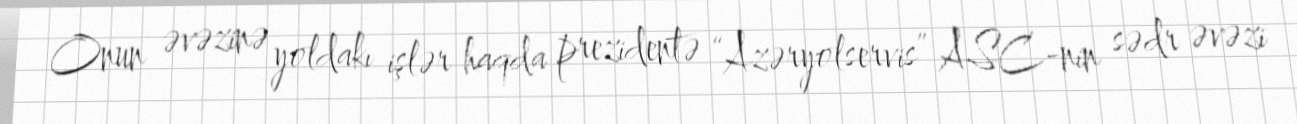
Onun əvəzinə yoldakı işlər haqda prezidentə “Azəryolservis” ASC-nin sədr əvəzi